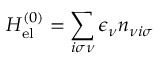
H _ { \mathrm { e l } } ^ { ( 0 ) } = \sum _ { i \sigma \nu } \epsilon _ { \nu } n _ { \nu i \sigma }